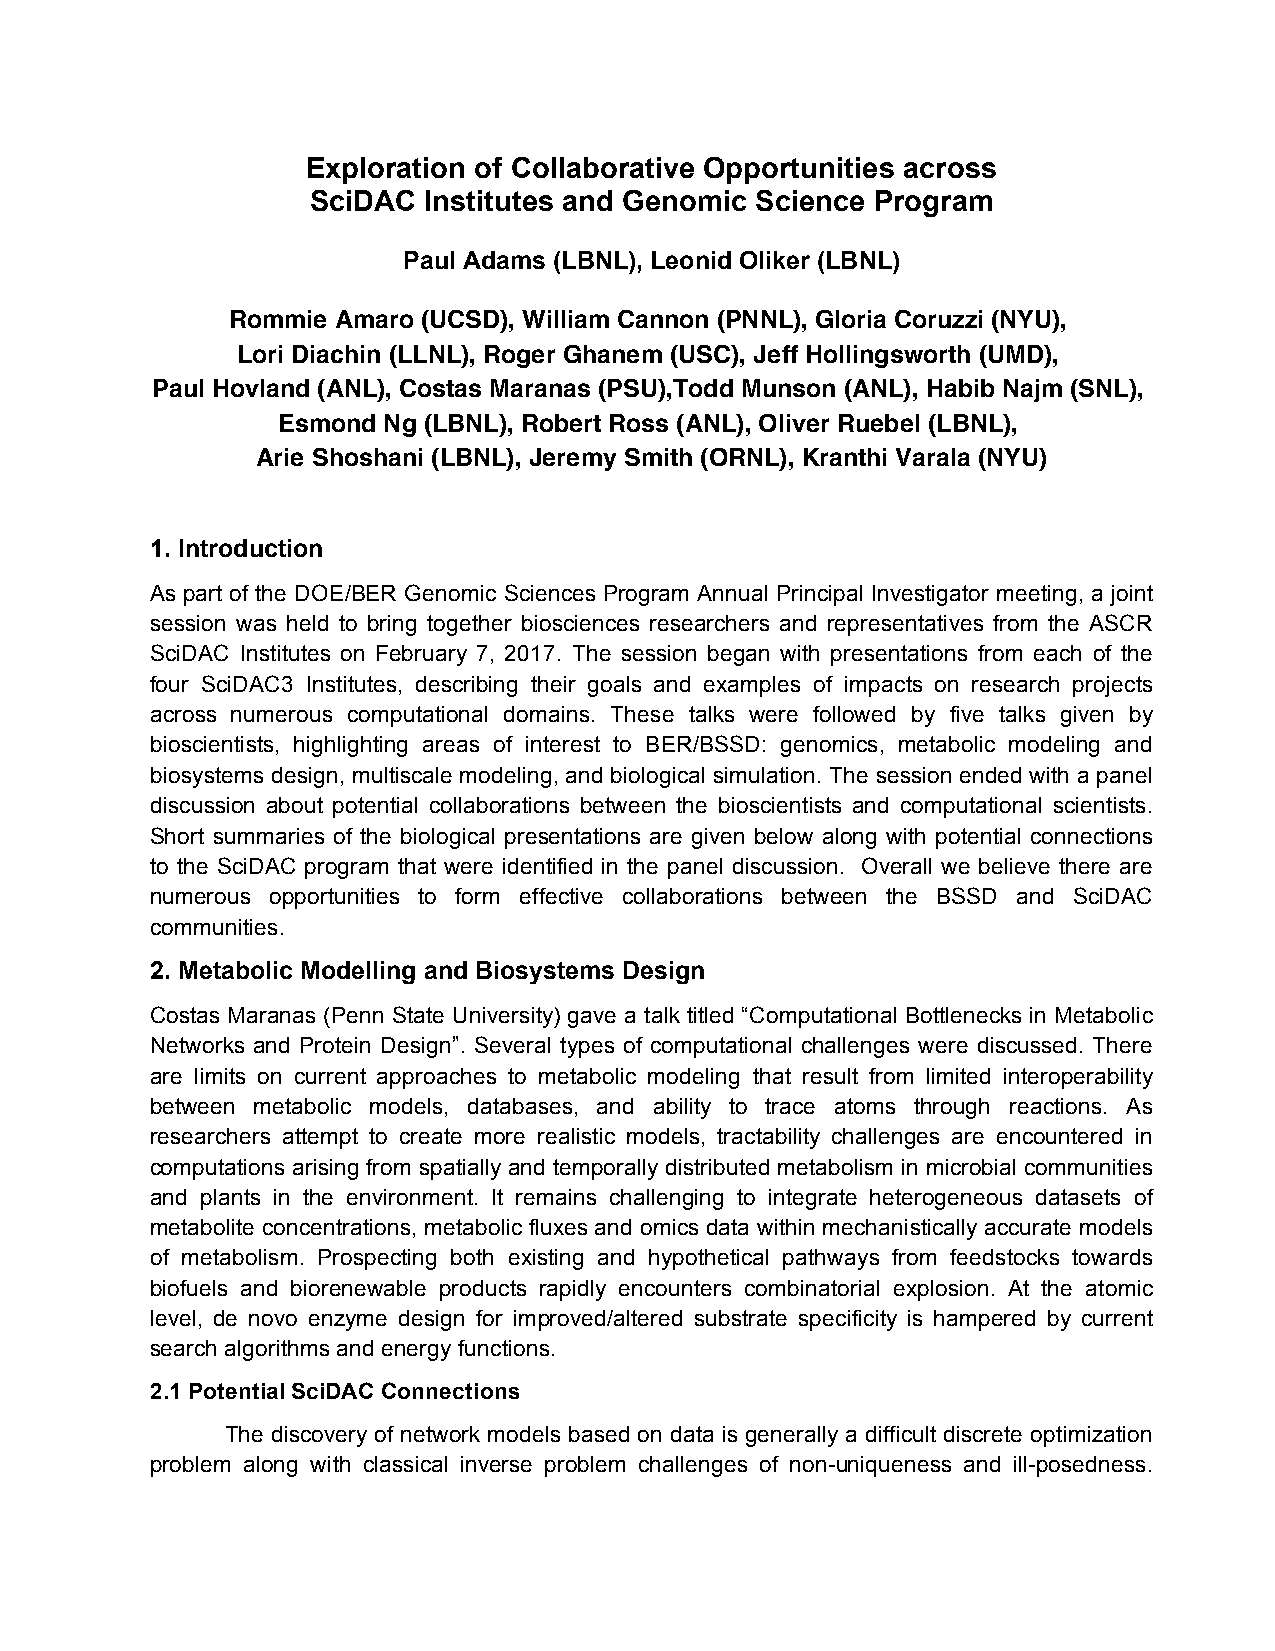
Exploration of Collaborative Opportunities across
 SciDAC  Institutes and Genomic Science Program
 Paul Adams (LBNL), Leonid Oliker (LBNL)
 Rommie Amaro (UCSD), William Cannon (PNNL), Gloria Coruzzi (NYU),
 Lori Diachin (LLNL), Roger Ghanem (USC), Jeff Hollingsworth (UMD),
 Paul Hovland (ANL), Costas Maranas (PSU),Todd Munson (ANL), Habib Najm (SNL),
 Esmond Ng (LBNL), Robert Ross (ANL), Oliver Ruebel (LBNL),
 Arie Shoshani (LBNL), Jeremy Smith (ORNL), Kranthi Varala (NYU)
 1. Introduction
 As part of the DOE/BER Genomic Sciences Program Annual Principal Investigator meeting, a joint
 session was held to bring together biosciences researchers and representatives from the ASCR
 SciDAC Institutes on February 7, 2017. The session began with presentations from each of the
 four SciDAC3 Institutes, describing their goals and examples of impacts on research projects
 across numerous computational domains. These talks were followed by five talks given by
 bioscientists, highlighting areas of interest to BER/BSSD: genomics, metabolic modeling and
 biosystems design, multiscale modeling, and biological simulation. The session ended with a panel
 discussion about potential collaborations between the bioscientists and computational scientists.
 Short summaries of the biological presentations are given below along with potential connections
 to the SciDAC program that were identified in the panel discussion. Overall we believe there are
 numerous opportunities to form effective collaborations between the BSSD and SciDAC
 communities.
 2. Metabolic Modelling and Biosystems Design
 Costas Maranas (Penn State University) gave a talk titled “Computational Bottlenecks in Metabolic
 Networks and Protein Design”. Several types of computational challenges were discussed. There
 are limits on current approaches to metabolic modeling that result from limited interoperability
 between metabolic models, databases, and ability to trace atoms through reactions. As
 researchers attempt to create more realistic models, tractability challenges are encountered in
 computations arising from spatially and temporally distributed metabolism in microbial communities
 and plants in the environment. It remains challenging to integrate heterogeneous datasets of
 metabolite concentrations, metabolic fluxes and omics data within mechanistically accurate models
 of metabolism. Prospecting both existing and hypothetical pathways from feedstocks towards
 biofuels and biorenewable products rapidly encounters combinatorial explosion. At the atomic
 level, de novo enzyme design for improved/altered substrate specificity is hampered by current
 search algorithms and energy functions.
 2.1 Potential SciDAC Connections
 The discovery of network models based on data is generally a difficult discrete optimization
 problem along with classical inverse problem challenges of non-uniqueness and ill-posedness.